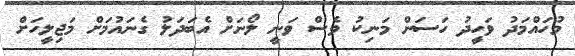
މުހައްމަދު ވަހީދު ހަސަން މަނިކު ވެސް ވަނީ ލޯނަށް އެބަދަލު ގެނައުމަށް މަޖިލީހަށް